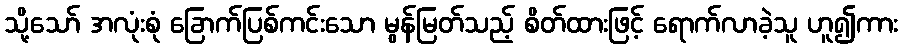
သို့သော် အလုံးစုံ ခြောက်ပြစ်ကင်းသော မွန်မြတ်သည့် စိတ်ထားဖြင့် ရောက်လာခဲ့သူ ဟူ၍ကား